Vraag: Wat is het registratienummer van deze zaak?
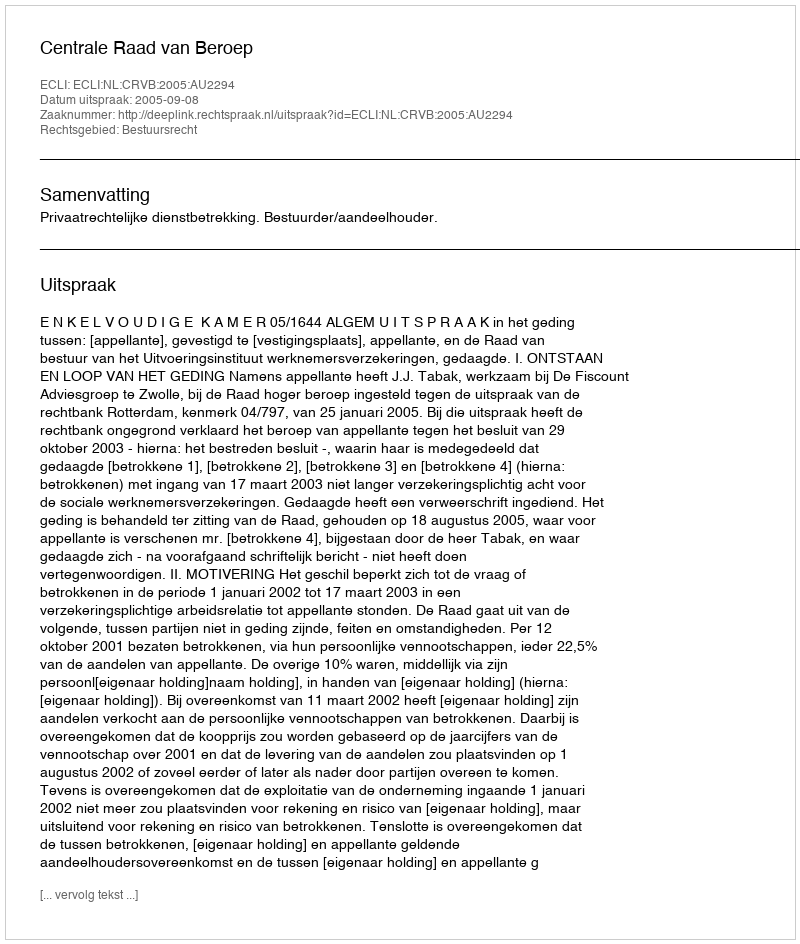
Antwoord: http://deeplink.rechtspraak.nl/uitspraak?id=ECLI:NL:CRVB:2005:AU2294